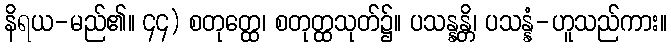
နိရယ-မည်၏။ ၄၄) စတုတ္ထေ၊ စတုတ္ထသုတ်၌။ ပသန္နန္တိ၊ ပသန္နံ-ဟူသည်ကား။